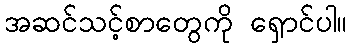
အဆင်သင့်စာတွေကို ရှောင်ပါ။